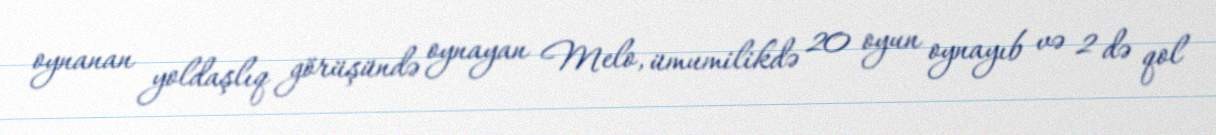
oynanan yoldaşlıq görüşündə oynayan Melo, ümumilikdə 20 oyun oynayıb və 2 də qol